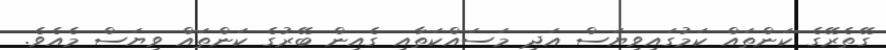
ގޭތެރޭގެ ކަންތައް ކަމުގައިވިޔަސް އަދި މަސައްކަތާއި ގެއިން ބޭރުގެ ކަންތައް ވިޔަސް މެއެވެ.